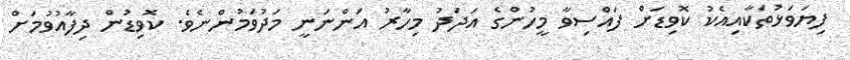
ފިޔަވަޅުތަކާއިއެކު ކޮވިޑަށް ފައްސިވާ މީހުންގެ އަދަދު މިހާރު އަންނަނީ މަދުވަމުންނެވެ. ކޮވިޑުން ދިފާއުވުމަށް